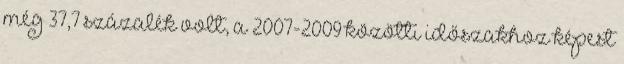
még 37,7 százalék volt, a 2007-2009 közötti időszakhoz képest